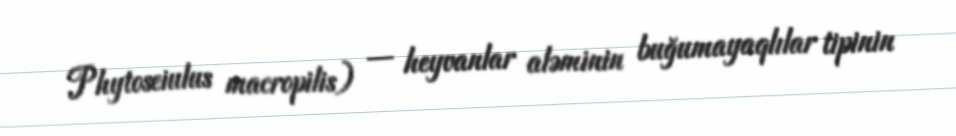
Phytoseiulus macropilis) — heyvanlar aləminin buğumayaqlılar tipinin